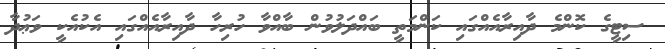
ސިޓީގެ ކޮންމެ ދާއިރާއެއްގައި ކަންމަތީ ބައްދަލުވުން ބާއްވާ ހުރިހާ ދާއިރާއެއްގައި އެކުއެކީ ވަޢުދާ